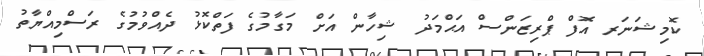
ކޮމިޝަނަރ އޮފް ޕްރިޒަންސް އަޙްމަދު ޝިހާން އަށް މަގާމުގެ ފަތްކޮޅު ދެއްވުމުގެ ރަސްމިއްޔާތު